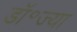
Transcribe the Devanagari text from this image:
डॉ॰ज्या